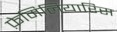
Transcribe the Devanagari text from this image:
फ़ेमिलियारिस